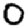
Digit: 0